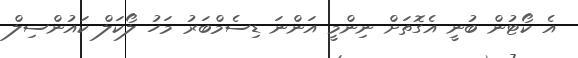
އެ ކޯޓުން ބުނީ އެގޮތަށް ނިންމީ އަންނަ ޑިސެމްބަރު މަހު ލޯކަލް ކައުންސިލް